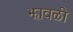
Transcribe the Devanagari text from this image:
झावळी